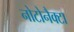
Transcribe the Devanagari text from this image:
नोटोनैक्टा